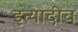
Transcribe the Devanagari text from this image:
इत्यादीच